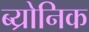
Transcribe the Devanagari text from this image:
ब्य्रोनिक